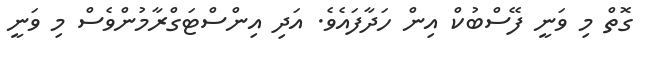
ގޮތް މި ވަނީ ފޭސްބުކް އިން ހަދާފައެވެ. އަދި އިންސްޓަގްރާމުންވެސް މި ވަނީ